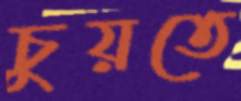
চুয়তে